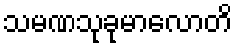
သမဏသုခုမာလောတိ